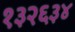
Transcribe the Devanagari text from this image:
१३२६३४